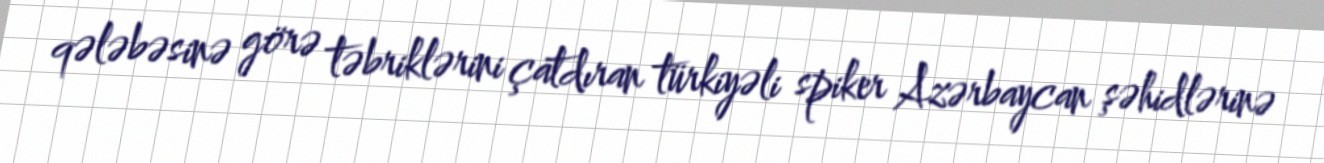
qələbəsinə görə təbriklərini çatdıran türkiyəli spiker Azərbaycan şəhidlərinə